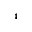
^ 4